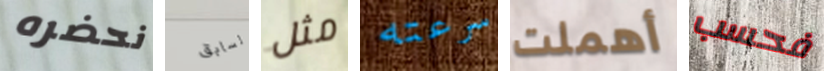
نحضره لسابق مثل سرعته أهملت فحسب